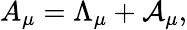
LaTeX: A_{\mu}=\Lambda_{\mu}+{\cal A}_{\mu},